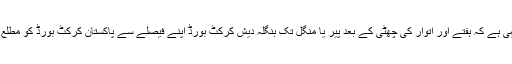
عام خیال یہی ہے کہ ہفتے اور اتوار کی چھٹی کے بعد پیر یا منگل تک بنگلہ دیش کرکٹ بورڈ اپنے فیصلے سے پاکستان کرکٹ بورڈ کو مطلع کر دے گا۔